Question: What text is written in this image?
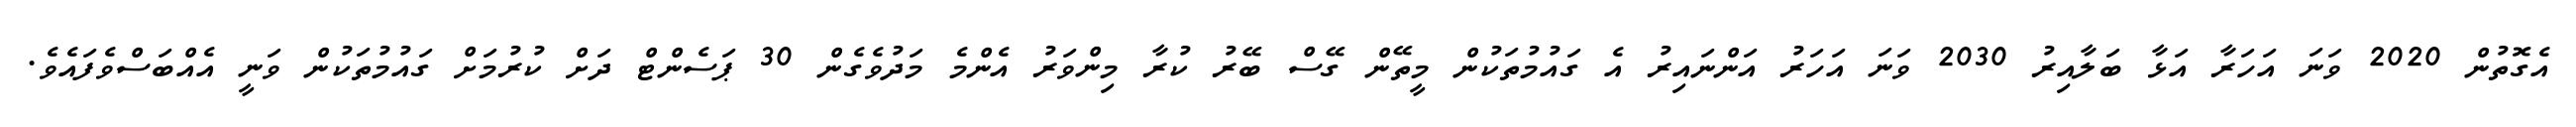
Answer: އެގޮތުން 2020 ވަނަ އަހަރާ އަޅާ ބަލާއިރު 2030 ވަނަ އަހަރު އަންނައިރު އެ ގައުމުތަކުން މީތޭން ގޭސް ބޭރު ކުރާ މިންވަރު އެންމެ މަދުވެގެން 30 ޕަސެންޓް ދަށް ކުރުމަށް ގައުމުތަކުން ވަނީ އެއްބަސްވެފައެވެ.